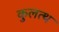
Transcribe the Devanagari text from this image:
कुलत्थ